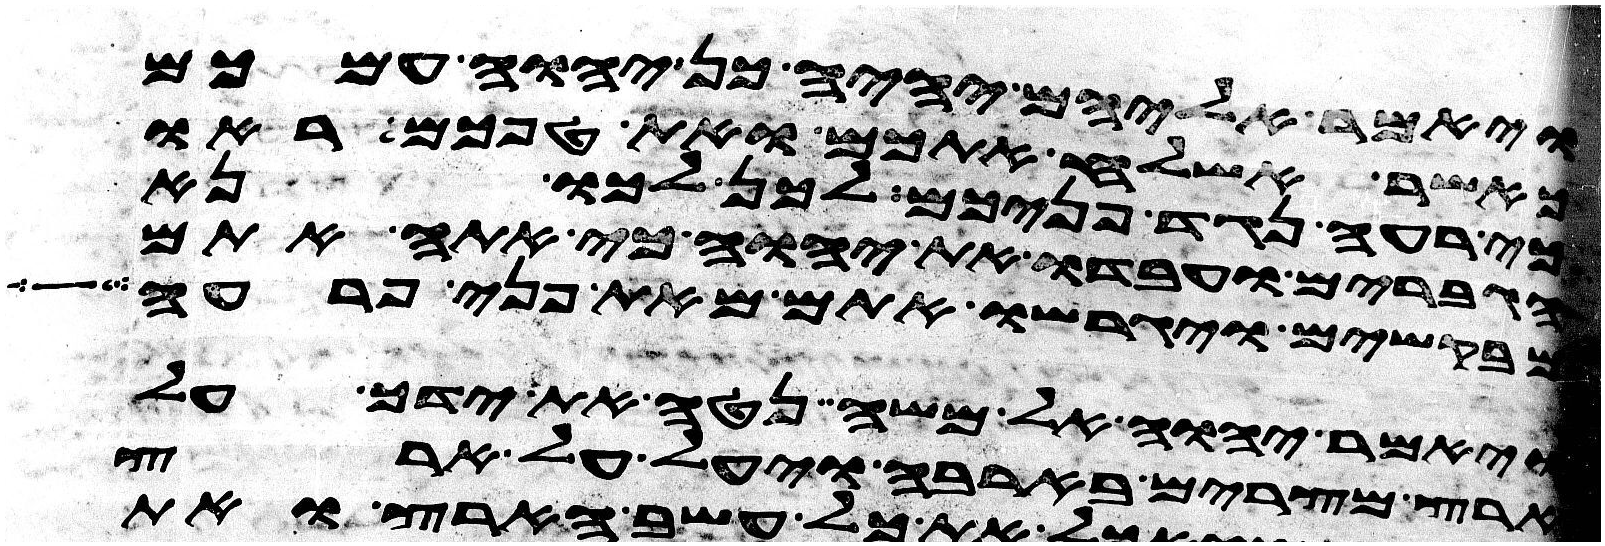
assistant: ויאמר אליהם יהיה כן יהוה עמכם
כאשר אשלח אתכם ואת טפכם ראו
כי רעה נגד פניכם לכן לכו נא
הגברים ועבדו את יהוה כי אתה אתם
מבקשים ויגרשו אתם מאת פני פרעה
ויאמר יהוה אל משה נטה את ידך על
ארץ מצרים בארבה ויעל על ארץ